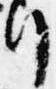
行